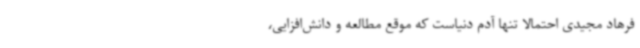
فرهاد مجیدی احتمالا تنها آدم دنیاست که موقع مطالعه و دانش‌افزایی،